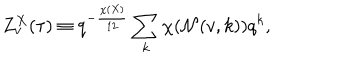
LaTeX: Z _ { v } ^ { X } ( \tau ) \equiv q ^ { - { \frac { \chi ( X ) } { 1 2 } } } \sum _ { k } \chi ( { \cal N } ( v , k ) ) q ^ { k } ,